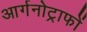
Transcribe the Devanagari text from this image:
आर्गनोट्राफों